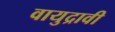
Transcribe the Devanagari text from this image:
वायुद्रावी